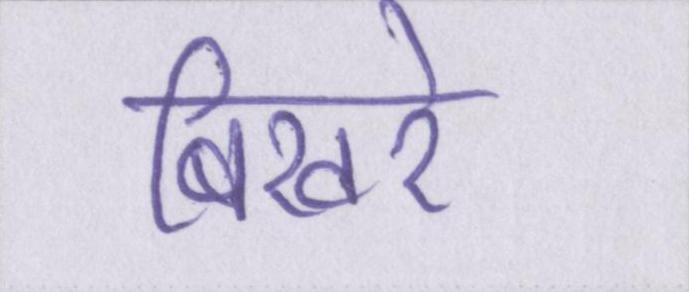
बिखरे